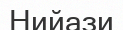
Нийази